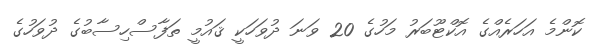
ކޮންމެ އަހަރެއްގެ އޮކްޓޫބަރު މަހުގެ 20 ވަނަ ދުވަހަކީ ޤައުމީ ތަފާސްހިސާބުގެ ދުވަހުގެ